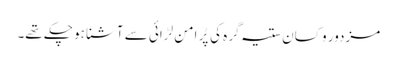
مزدور و کسان ستیہ گرہ کی پُر امن لڑائی سے آشنا ہو چکے تھے۔